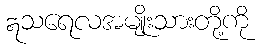
ဣသရေလအမျိုးသားတို့ကို